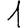
Digit: 1